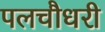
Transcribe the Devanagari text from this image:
पलचौधरी